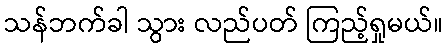
သန်ဘက်ခါ သွား လည်ပတ် ကြည့်ရှုမယ်။